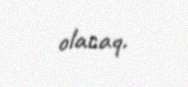
olacaq.